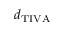
d _ { \mathrm { T I V A } }